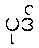
ပုဒ်